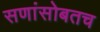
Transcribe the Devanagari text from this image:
सणांसोबतच